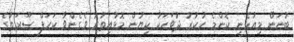
ބުނަން މިއުޅެނީ ކޮންމެ ހުކުރު ދުވަހަކު ކިޔުން މޮޅުއިތުރު ވެގެންވާ ކަހަފް ސޫރަތުގެ